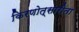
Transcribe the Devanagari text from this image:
किरणोत्सारीता